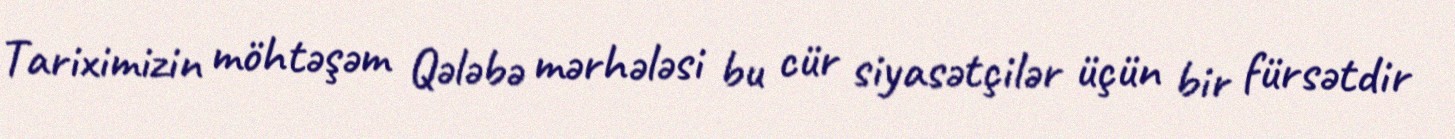
Tariximizin möhtəşəm Qələbə mərhələsi bu cür siyasətçilər üçün bir fürsətdir